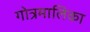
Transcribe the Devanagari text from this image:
गोत्रमालिका